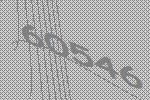
60546